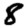
Digit: 8